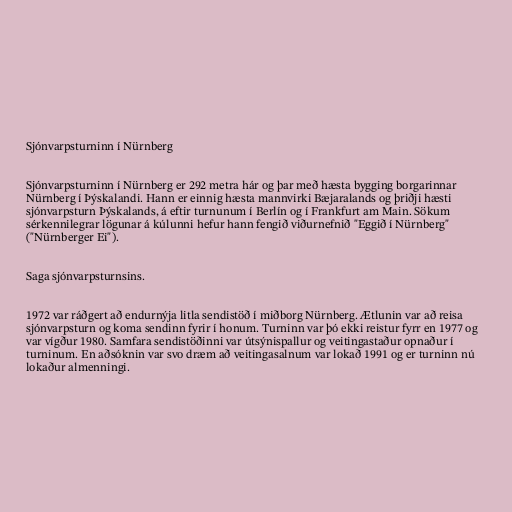
Sjónvarpsturninn í Nürnberg

Sjónvarpsturninn í Nürnberg er 292 metra hár og þar með hæsta bygging borgarinnar
Nürnberg í Þýskalandi. Hann er einnig hæsta mannvirki Bæjaralands og þriðji hæsti
sjónvarpsturn Þýskalands, á eftir turnunum í Berlín og í Frankfurt am Main. Sökum
sérkennilegrar lögunar á kúlunni hefur hann fengið viðurnefnið "Eggið í Nürnberg"
("Nürnberger Ei").

Saga sjónvarpsturnsins.

1972 var ráðgert að endurnýja litla sendistöð í miðborg Nürnberg. Ætlunin var að reisa
sjónvarpsturn og koma sendinn fyrir í honum. Turninn var þó ekki reistur fyrr en 1977 og
var vígður 1980. Samfara sendistöðinni var útsýnispallur og veitingastaður opnaður í
turninum. En aðsóknin var svo dræm að veitingasalnum var lokað 1991 og er turninn nú
lokaður almenningi.